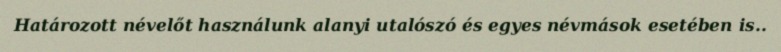
Határozott névelőt használunk alanyi utalószó és egyes névmások esetében is..